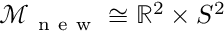
\mathcal { M } _ { \mathrm { ~ n ~ e ~ w ~ } } \cong \mathbb { R } ^ { 2 } \times S ^ { 2 }